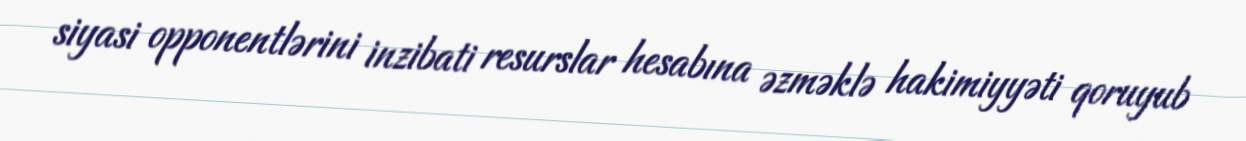
siyasi opponentlərini inzibati resurslar hesabına əzməklə hakimiyyəti qoruyub